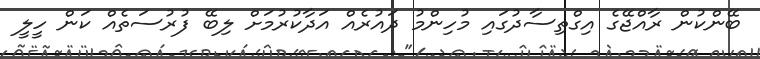
ބޭންކުން ރާއްޖޭގެ އިގްތިސާދުގައި މުހިންމު ދައުރެއް އަދާކުރުމަށް ލިބޭ ފުރުސަތެއް ކަން ހީލީ